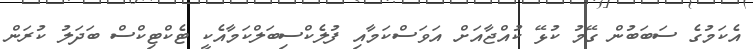
އެކަމުގެ ސަބަބުން ގޭމު ކުޅޭ ކުއްޖާއަށް އަވަސްކަމާއި ފުލެކްސިބަލްކަމާއެކީ ޓެކްޓިކްސް ބަދަލު ކުރަން